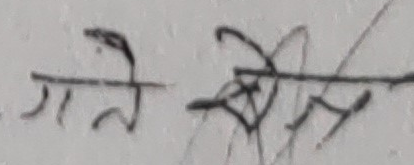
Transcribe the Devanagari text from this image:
गते नेत्र